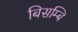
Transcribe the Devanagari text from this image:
बिसम्बि